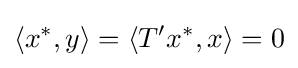
\langle x^{*},y\rangle =\langle T'x^{*},x\rangle =0